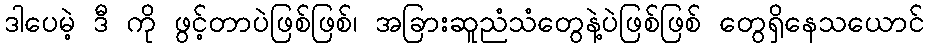
ဒါပေမဲ့ ဒီ ကို ဖွင့်တာပဲဖြစ်ဖြစ်၊ အခြားဆူညံသံတွေနဲ့ပဲဖြစ်ဖြစ် တွေရှိနေသယောင်